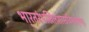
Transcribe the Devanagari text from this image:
भा्रतरंभखिलशास्त्रविमर्शपूर्णम्।।